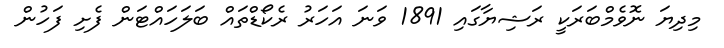
މިދިޔަ ނޮވެމްބަރަކީ ރަޝިޔާގައި 1891 ވަނަ އަހަރު ރެކޯޑްތައް ބަލަހައްޓަން ފެށި ފަހުން